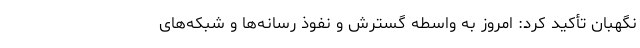
نگهبان تأکید کرد: امروز به واسطه گسترش و نفوذ رسانه‌ها و شبکه‌های